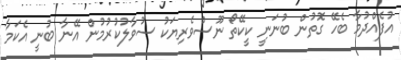
އުފެއްދުމާ ބެހޭ ގޮތުން ބުނަނީ ކީކޭތޯ ނޫސްވެރިޔަކު ސުވާލުކުރުމުން އޭނާ ބުނީ އެކަމާ